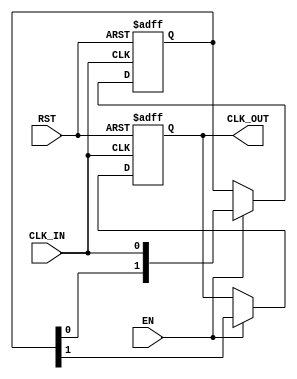
module DelayClockBuffer #(
    parameter DELAY_CYCLES = 2 // Configurable delay in clock cycles
)(
    input wire CLK_IN,       // Input clock signal
    input wire EN,          // Enable signal
    input wire RST,         // Asynchronous reset signal
    output reg CLK_OUT       // Delayed output clock signal
);

    reg [DELAY_CYCLES-1:0] clk_delay; // Delay register to hold clock states
    reg clk_temp; // Temporary clock signal for processing

    // Asynchronous reset and clock processing
    always @(posedge CLK_IN or posedge RST) begin
        if (RST) begin
            clk_delay <= 0; // Reset delay register
            CLK_OUT <= 0;   // Reset output clock
        end else if (EN) begin
            clk_delay <= {clk_delay[DELAY_CYCLES-2:0], CLK_IN}; // Shift in the new clock value
            CLK_OUT <= clk_delay[DELAY_CYCLES-1]; // Output the last delayed clock value
        end
    end

endmodule